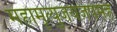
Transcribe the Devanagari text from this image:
महामृत्युंजयजपमहं